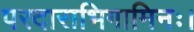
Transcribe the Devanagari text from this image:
परदाराभिगामिनः।